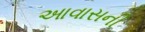
આવાસની